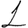
Digit: 1